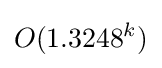
O(1.3248^{k})